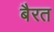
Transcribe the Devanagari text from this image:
बैरत